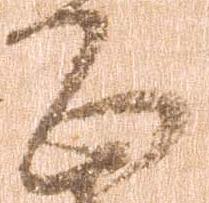
正